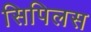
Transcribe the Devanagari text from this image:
सिपिलस